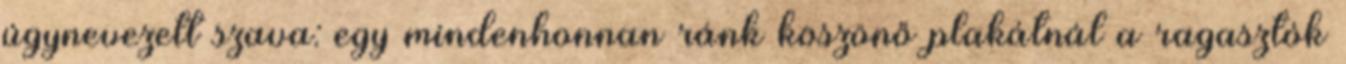
úgynevezett szava: egy mindenhonnan ránk köszönő plakátnál a ragasztók